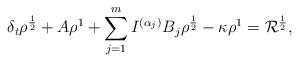
LaTeX: \begin{align*} \delta_t\rho^{\frac{1}{2}} + A\rho^{1} &+ \sum\limits_{j=1}^m I^{(\alpha_j)} B_j\rho^{\frac{1}{2}} - \kappa \rho^{1} = \mathcal{R}^{\frac{1}{2}}, \end{align*}